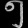
Digit: ၅